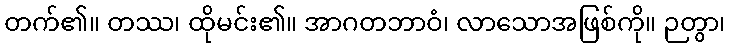
တက်၏။ တဿ၊ ထိုမင်း၏။ အာဂတဘာဝံ၊ လာသောအဖြစ်ကို။ ဉတွာ၊